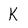
Character: K